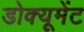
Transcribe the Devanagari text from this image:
डोक्यूमेंट